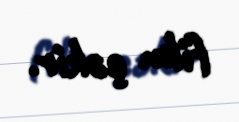
film çəkir.